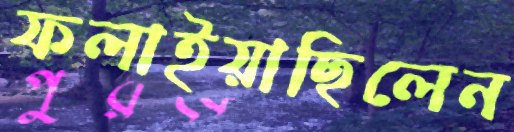
ফলাইয়াছিলেন